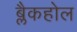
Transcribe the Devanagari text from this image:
ब्लैकहोल